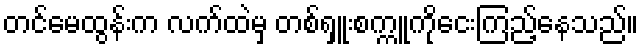
တင်မေထွန်းက လက်ထဲမှ တစ်ရှူးစက္ကူကိုငေးကြည့်နေသည်။